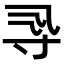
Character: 𡬞